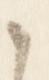
々